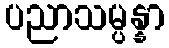
ပညာသမ္ပန္နာ